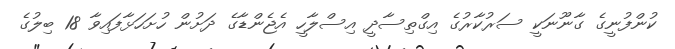
ކުންފުނީގެ ގާނޫނަކީ ސަރުކާރުގެ އިގްތިސާދީ އިސްލާހީ އެޖެންޑާގެ ދަށުން ހުށަހަޅާފައިވާ 18 ބިލުގެ